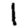
Digit: 1